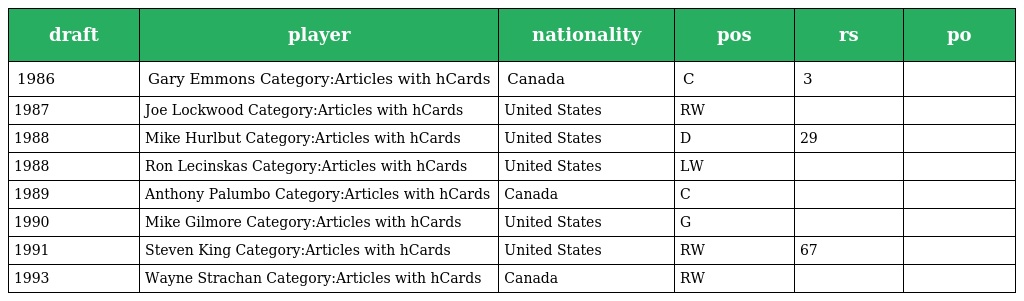
| draft | player | nationality | pos | rs | po |
 | --- | --- | --- | --- | --- | --- |
 | 1986 | Gary Emmons Category:Articles with hCards | Canada | C | 3 |  |
 | 1987 | Joe Lockwood Category:Articles with hCards | United States | RW |  |  |
 | 1988 | Mike Hurlbut Category:Articles with hCards | United States | D | 29 |  |
 | 1988 | Ron Lecinskas Category:Articles with hCards | United States | LW |  |  |
 | 1989 | Anthony Palumbo Category:Articles with hCards | Canada | C |  |  |
 | 1990 | Mike Gilmore Category:Articles with hCards | United States | G |  |  |
 | 1991 | Steven King Category:Articles with hCards | United States | RW | 67 |  |
 | 1993 | Wayne Strachan Category:Articles with hCards | Canada | RW |  |  |